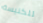
للكنيسة